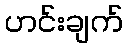
ဟင်းချက်